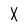
Character: X